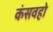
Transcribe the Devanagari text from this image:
कंसवहो